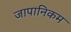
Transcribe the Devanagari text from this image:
जापानिकम